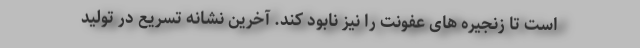
است تا زنجیره های عفونت را نیز نابود کند. آخرین نشانه تسریع در تولید